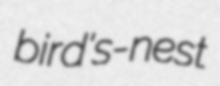
bird's-nest